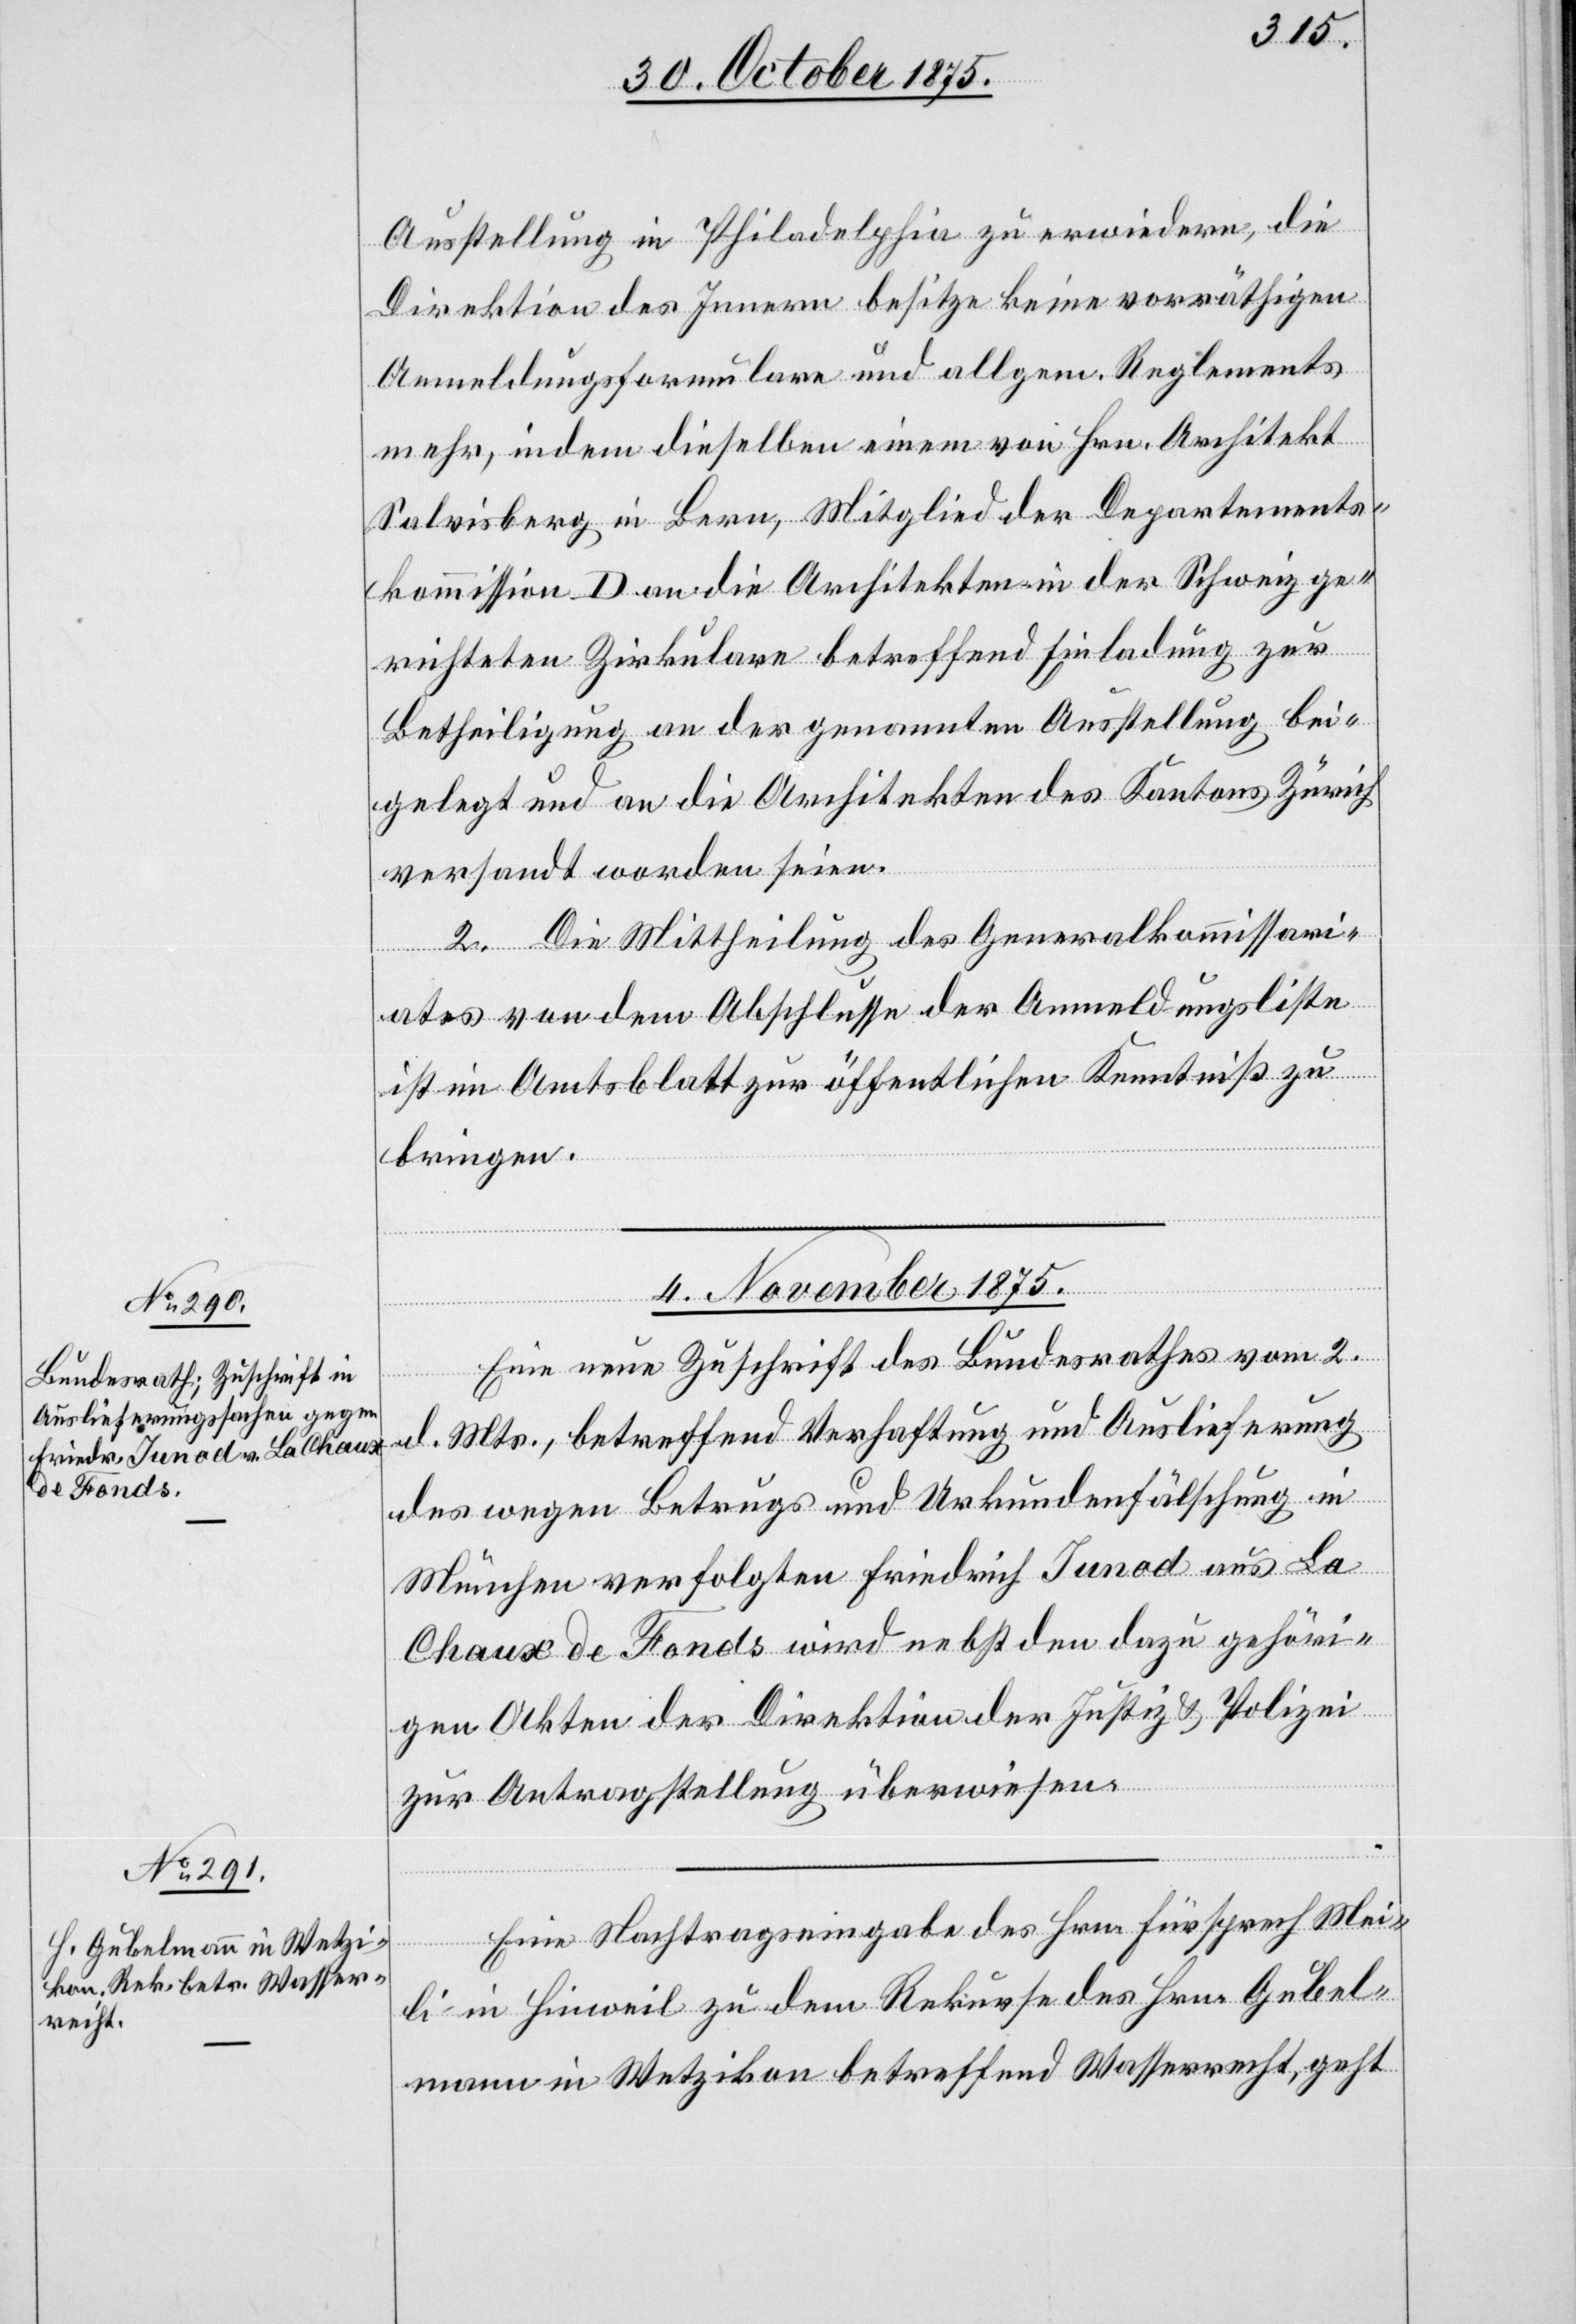
Ausstellung in Philadelphia zu erwiedern, die
Direktion des Innern besitze keine vorräthigen
Anmeldungsformulare und allgem. Reglements
mehr, indem dieselben einem von Hrn. Architekt
Salvisberg in Bern, Mitglied der Departements¬
kommission D an die Architekten in der Schweiz ge¬
richteten Zirkulare betreffend Einladung zur
Betheiligung an der genannten Ausstellung bei¬
gelegt und an die Architekten des Kantons Zürich
versandt worden seien.
2. Die Mittheilung des Generalkommissari¬
ates von dem Abschlusse der Anmeldungsliste
ist im Amtsblatt zur öffentlichen Kenntniß zu
bringen.
4. November 1875.]
Eine neue Zuschrift des Bundesrathes vom 2.
d. Mts., betreffend Verhaftung und Auslieferung
des wegen Betrugs und Urkundenfälschung in
München verfolgten Friedrich Iunod aus La
Chaux de Fonds wird nebst den dazu gehöri¬
gen Akten der Direktion der Justiz & Polizei
zur Antragstellung überwiesen.
Eine Nachtragseingabe des Hrn. Fürsprech Mei¬
li in Hinweil zu dem Rekurse des Hrn. Gubel¬
mann in Wetzikon betreffend Wasserrecht, geht